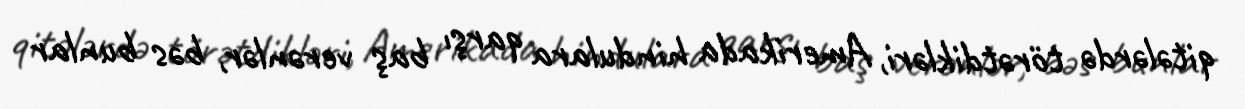
qitələrdə törətdikləri, Amerikada hindulara qarşı baş verənlər, bəs bunlar